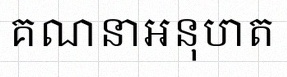
គណនាអនុបាត